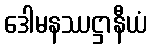
ဒေါမနဿဋ္ဌာနီယံ